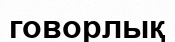
говорлық